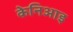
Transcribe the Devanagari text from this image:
केनिआइ